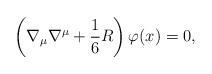
LaTeX: \begin{align*}\left( \nabla _{\mu }\nabla ^{\mu }+\frac{1}{6} R\right) \varphi(x)=0, \end{align*}